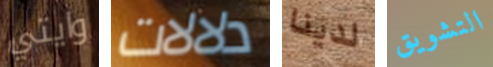
وايتي دلالات لدينا التشويق